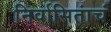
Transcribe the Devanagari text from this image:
निर्वासितांचं